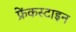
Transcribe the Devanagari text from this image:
फ्रेंकस्टाइन